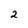
Character: 2